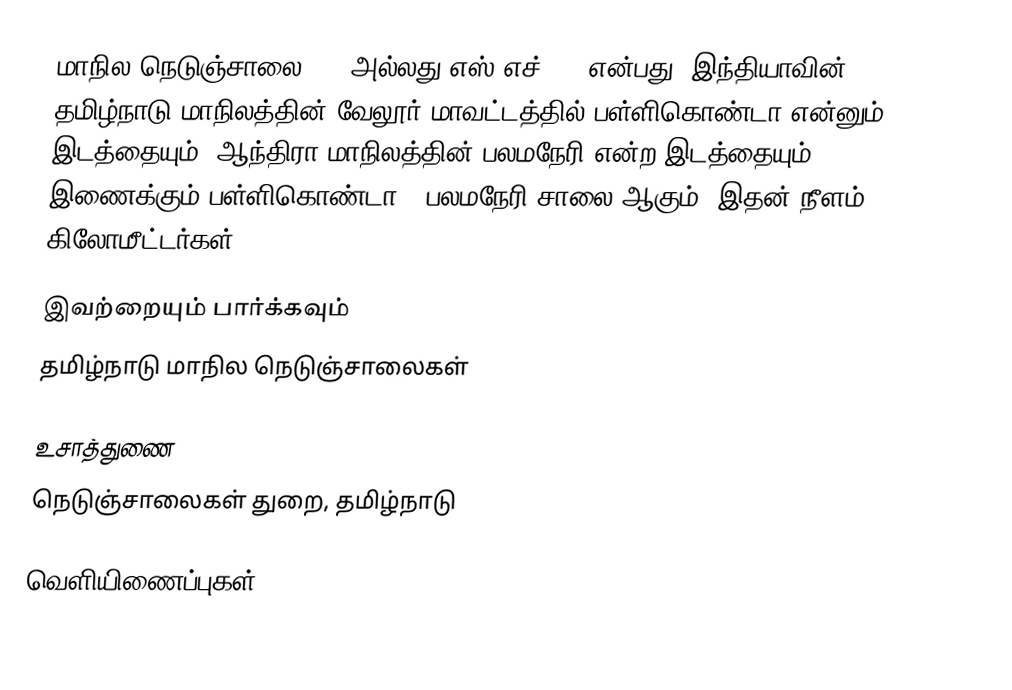
மாநில நெடுஞ்சாலை 127 அல்லது எஸ்.எச்-127 என்பது, இந்தியாவின் தமிழ்நாடு மாநிலத்தின் வேலூர் மாவட்டத்தில் பள்ளிகொண்டா என்னும் இடத்தையும், ஆந்திரா மாநிலத்தின் பலமநேரி என்ற இடத்தையும் இணைக்கும் பள்ளிகொண்டா - பலமநேரி சாலை ஆகும். இதன் நீளம் 28.8  கிலோமீட்டர்கள் .

இவற்றையும் பார்க்கவும்
 தமிழ்நாடு மாநில நெடுஞ்சாலைகள்

உசாத்துணை
 நெடுஞ்சாலைகள் துறை, தமிழ்நாடு

வெளியிணைப்புகள்